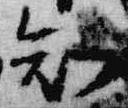
知